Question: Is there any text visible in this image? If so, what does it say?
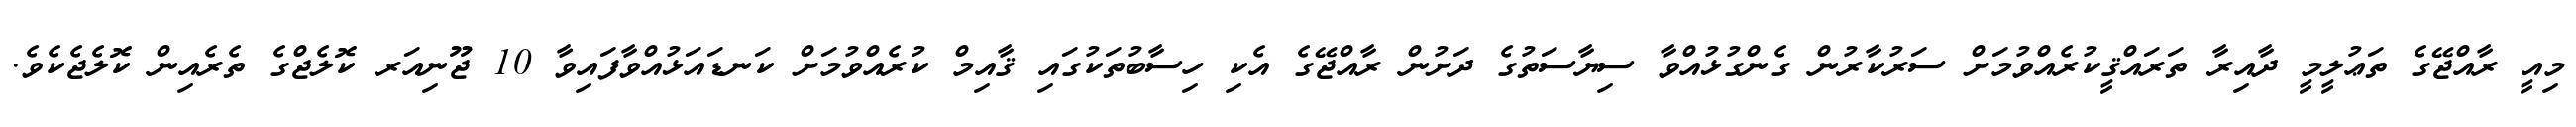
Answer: މިއީ ރާއްޖޭގެ ތަޢުލީމީ ދާއިރާ ތަރައްޤީކުރެއްވުމަށް ސަރުކާރުން ގެންގުޅުއްވާ ސިޔާސަތުގެ ދަށުން ރާއްޖޭގެ އެކި ހިސާބުތަކުގައި ޤާއިމް ކުރެއްވުމަށް ކަނޑައަޅުއްވާފައިވާ 10 ޖޫނިއަރ ކޮލެޖްގެ ތެރެއިން ކޮލެޖެކެވެ.